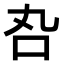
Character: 𠮫